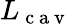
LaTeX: L_{\mathrm{~c~a~v~}}